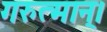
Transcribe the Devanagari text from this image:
गरुत्मान्।